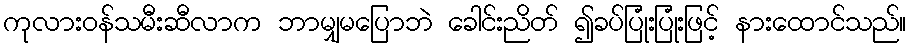
ကုလားဝန်သမီးဆီလာက ဘာမျှမပြောဘဲ ခေါင်းညိတ် ၍ခပ်ပြုံးပြုံးဖြင့် နားထောင်သည်။